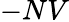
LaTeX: -NV